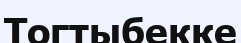
Тогтыбекке